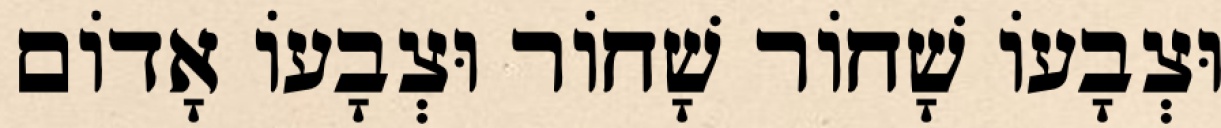
וּצְבָעוֹ שָׁחוֹר שָׁחוֹר וּצְבָעוֹ אָדוֹם